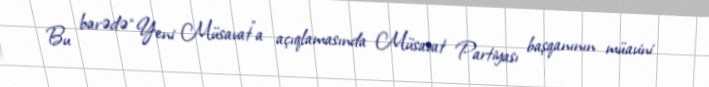
Bu barədə “Yeni Müsavat”a açıqlamasında Müsavat Partiyası başqanının müavini